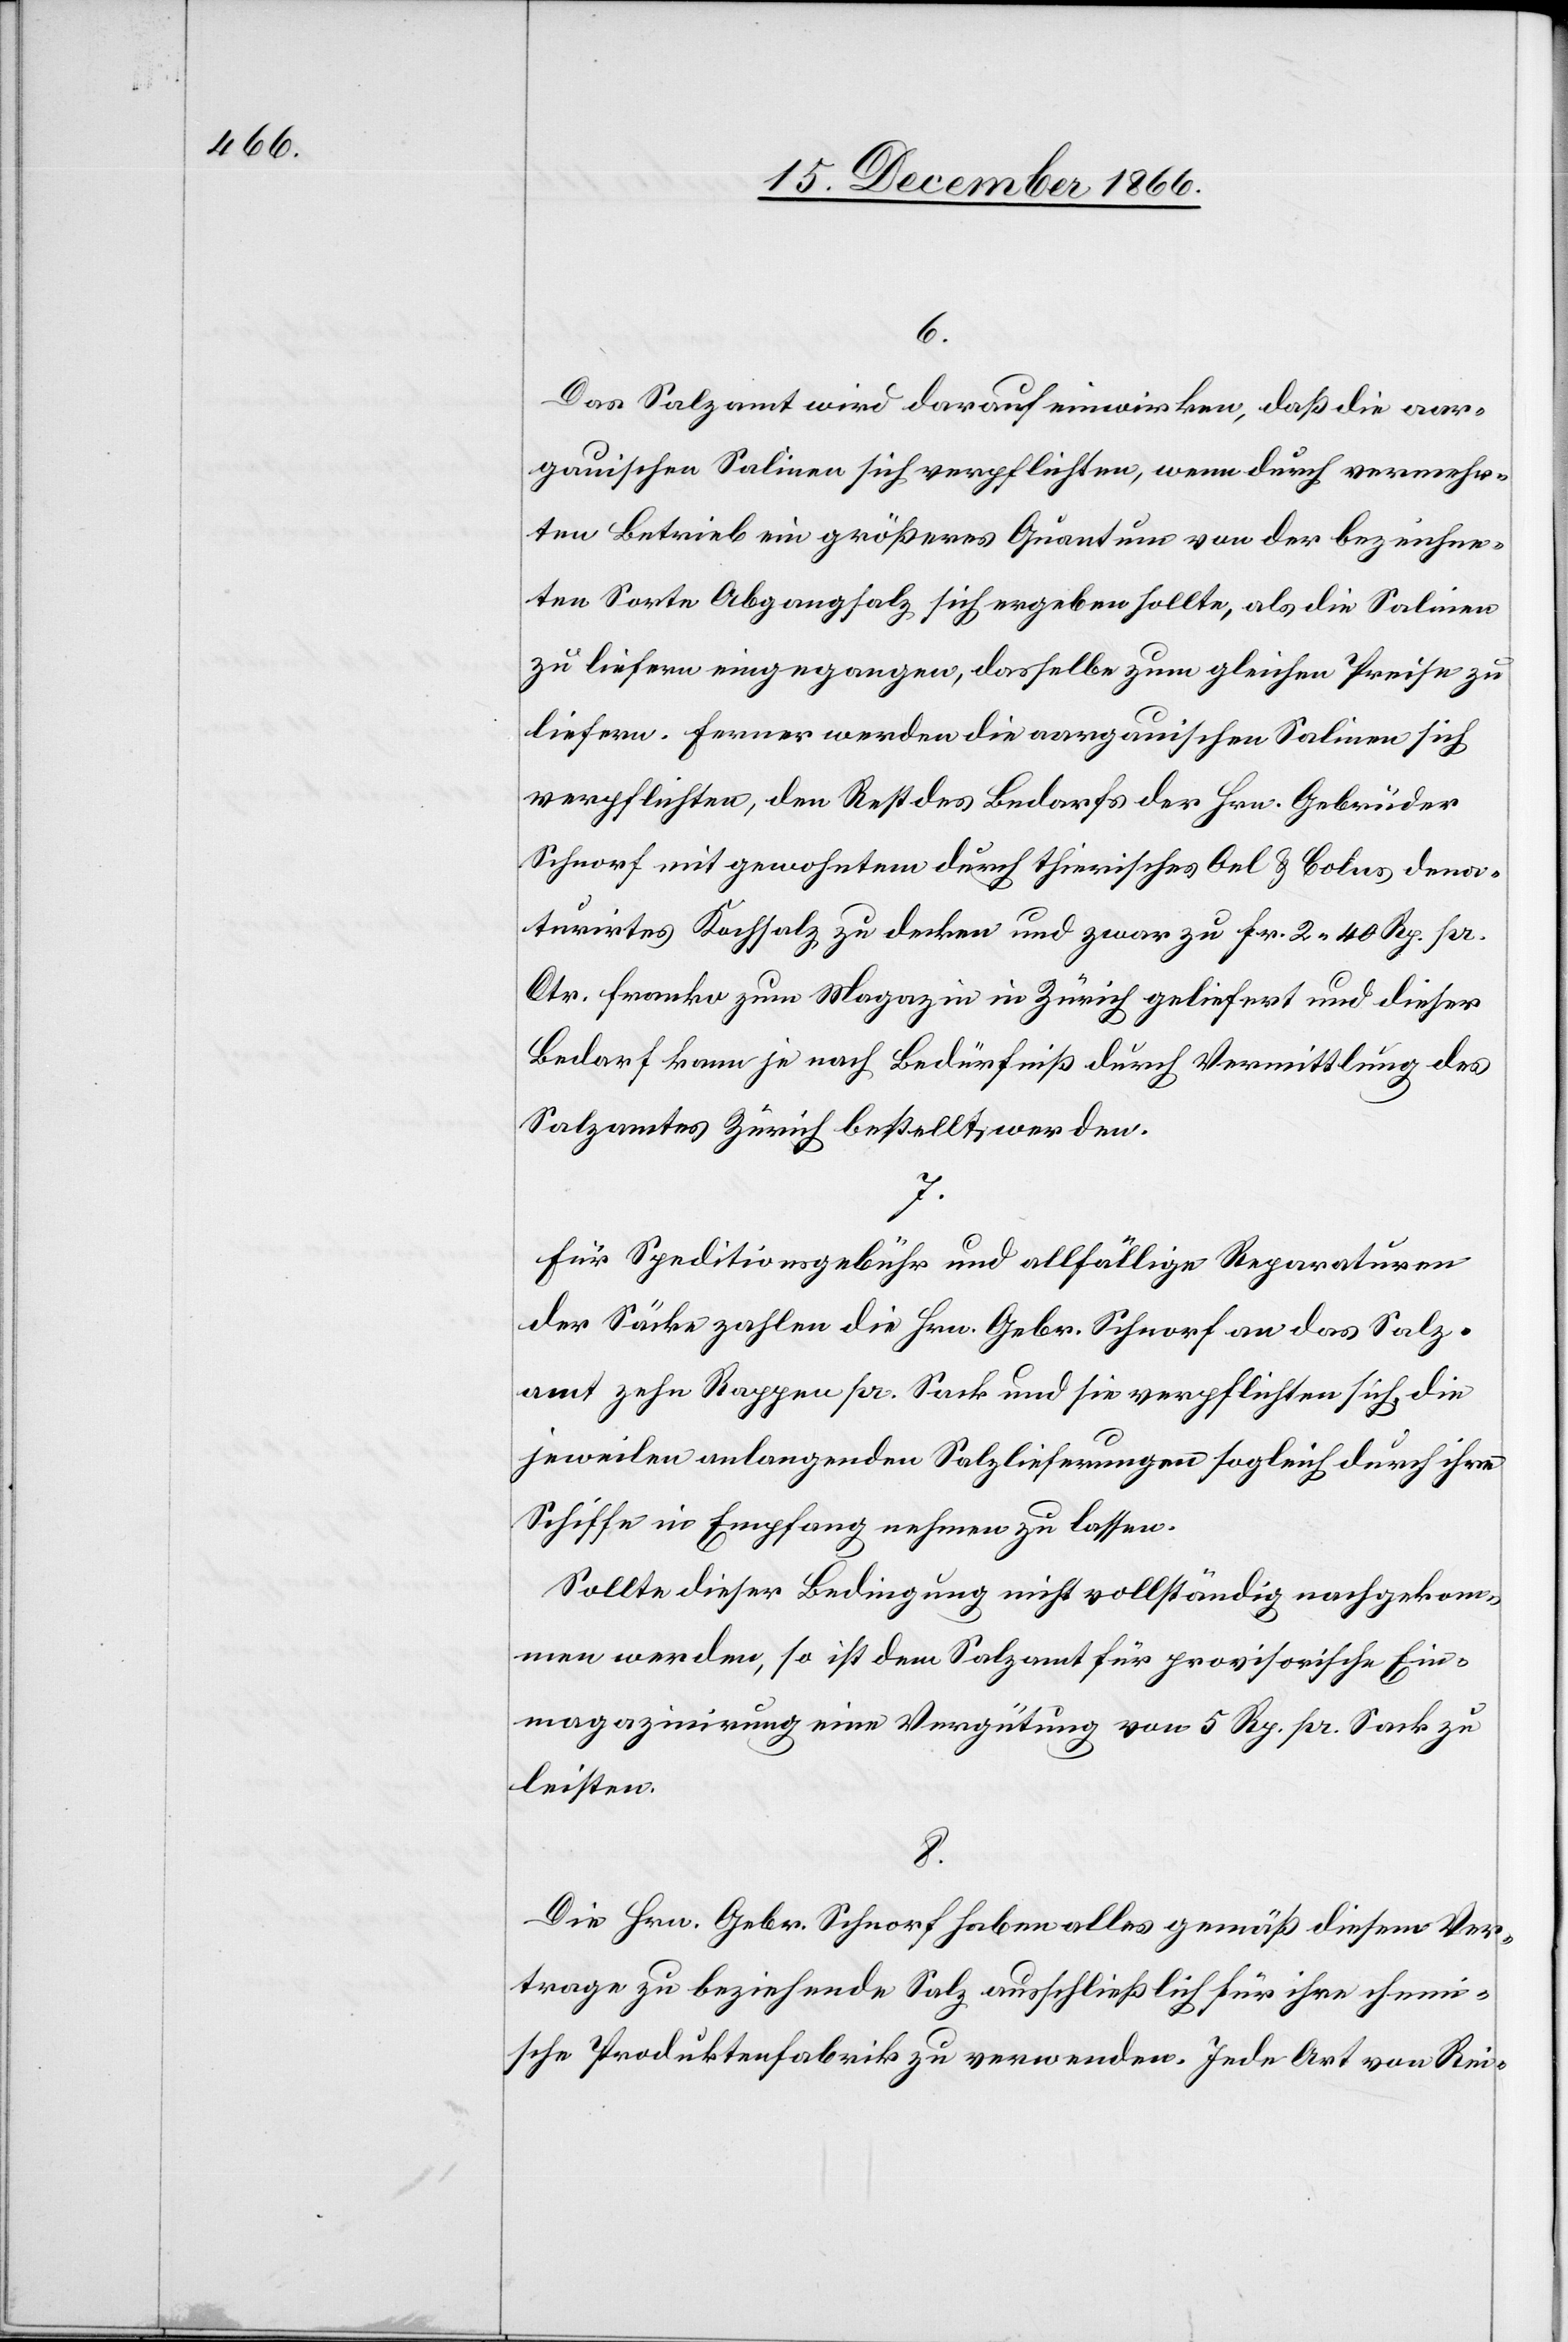
6.
Das Salzamt wird darauf einwirken, daß die aar¬
gauischen Salinen sich verpflichten, wenn durch vermehr¬
ten Betrieb ein größeres Quantum von der bezeichne¬
ten Sorte Abgangsalz sich ergeben sollte, als die Salinen
zu liefern eingegangen, dasselbe zum gleichen Preise zu
liefern. Ferner werden die aargauischen Salinen sich
verpflichten, den Rest des Bedarfs der Hrn. Gebrüder
Schnorf mit gewohntem durch thierisches Oel & Bolus dena¬
turirtes Kochsalz zu decken und zwar zu Fr. 2.40 Rp. pr.
Ctr. franko zum Magazin in Zürich geliefert und dieser
Bedarf kann je nach Bedürfniß durch Vermittlung des
Salzamtes Zürich bestellt werden.
7.
Für Speditionsgebühr und allfällige Reparaturen
der Säcke zahlen die Hrn. Gebr. Schnorf an das Salz¬
amt zehn Rappen pr. Sack und sie verpflichten sich, die
jeweilen anlangenden Salzlieferungen sogleich durch ihre
Schiffe in Empfang nehmen zu lassen.
Sollte dieser Bedingung nicht vollständig nachgekom¬
men werden, so ist dem Salzamt für provisorische Ein¬
magazinirung eine Vergütung von 5 Rp. pr. Sack zu
leisten.
8.
Die Hrn. Gebr. Schnorf haben alles gemäß diesem Ver¬
trage zu beziehende Salz ausschließlich für ihre rheini¬
sche Produktenfabrik zu verwenden. Jede Art von Rei-